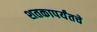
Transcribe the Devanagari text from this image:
शतकापर्यंतचे